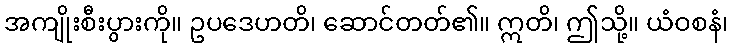
အကျိုးစီးပွားကို။ ဥပဒေဟတိ၊ ဆောင်တတ်၏။ ဣတိ၊ ဤသို့။ ယံဝစနံ၊